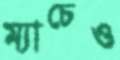
ম্যাচেও